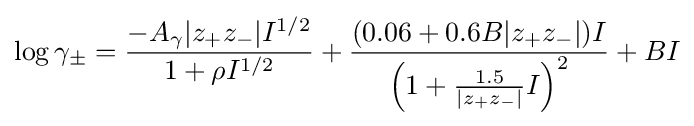
\log \gamma _{\pm }={\frac {-A_{\gamma }|z_{+}z_{-}|I^{1/2}}{1+\rho I^{1/2}}}+{\frac {(0.06+0.6B|z_{+}z_{-}|)I}{\left(1+{\frac {1.5}{|z_{+}z_{-}|}}I\right)^{2}}}+BI